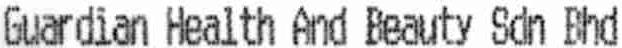
GUARDIAN HEALTH AND BEAUTY SDN BHD